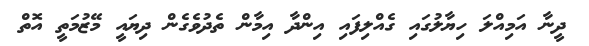
ދީނާ އަމިއްލަ ހިޔާލުގައި ގެއްލިފައި އިންދާ އިމާން ތެދުވެގެން ދިޔައީ މޭޒުމަތީ އޮތް